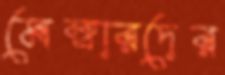
মেম্বারদের